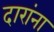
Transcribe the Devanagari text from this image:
दारांना